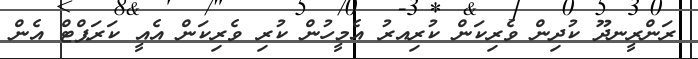
ރަންރީނދޫ ކުދިން ވެރިކަން ކުރިިއރު އެމީހުން ކުރި ވެރިކަން އެއީ ކަރަޕްޓް އެން